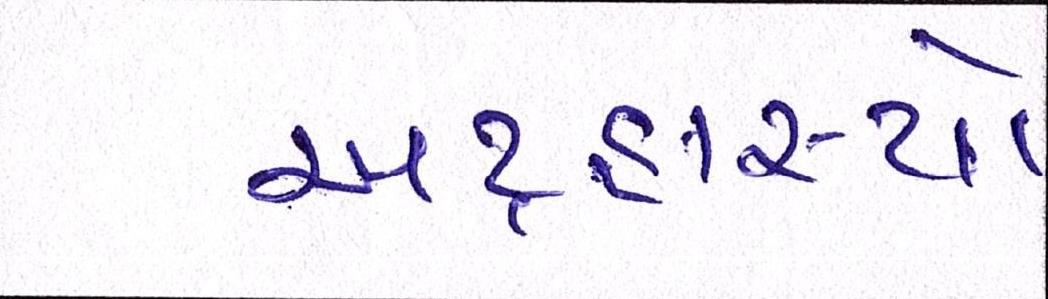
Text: અટ્ટહાસ્યો